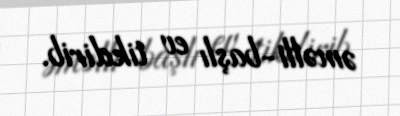
əməlli-başlı ev tikdirib.